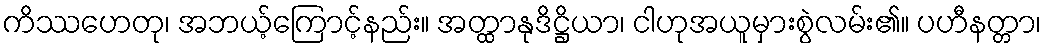
ကိဿဟေတု၊ အဘယ့်ကြောင့်နည်း။ အတ္ထာနုဒိဋ္ဌိယာ၊ ငါဟုအယူမှားစွဲလမ်း၏။ ပဟီနတ္တာ၊